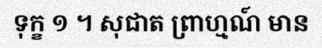
ទុក្ខ ១ ។ សុជាត ព្រាហ្មណ៍ មាន